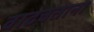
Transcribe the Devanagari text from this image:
वाढवताना